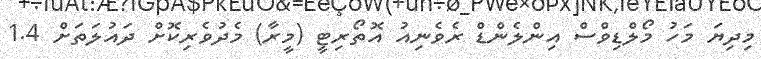
މިދިޔަ މަހު މޯލްޑިވްސް އިންލެެންޑް ރެވެނިއު އޮތޯރިޓީ (މީރާ) މެދުވެރިކޮށް ދައުލަަތަށް 1.4